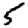
Digit: 5